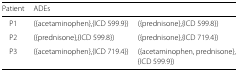
| Patient | ADEs |  |
 | --- | --- | --- |
 | P1 | ({acetaminophen},{ICD 599.9}) | ({prednisone},{ICD 599.8}) |
 | P2 | ({prednisone},{ICD 599.8}) | ({prednisone},{ICD 719.4}) |
 | P3 | ({acetaminophen},{ICD 719.4}) | ({acetaminophen, prednisone}, |
 |  |  | {ICD 599.9}) |